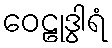
ဝေဠုဒွါရံ